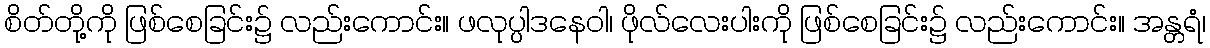
စိတ်တို့ကို ဖြစ်စေခြင်း၌ လည်းကောင်း။ ဖလုပ္ပါဒနေဝါ၊ ဖိုလ်လေးပါးကို ဖြစ်စေခြင်း၌ လည်းကောင်း။ အန္တရံ၊